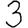
Digit: 3